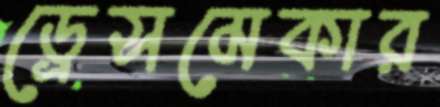
ড্রেসমেকার